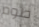
طوم